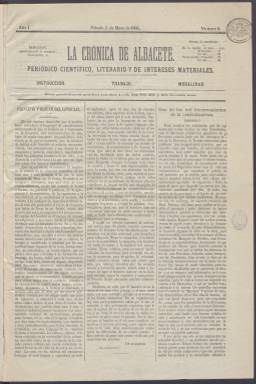
Título: La Crónica de Albacete (Albacete. 1866)
Colección: Periódicos
Ámbito geográfico: Albacete
Lugar de publicación: Albacete
Fechas: 05/05/1866-15/12/1866